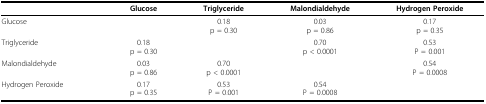
<table><thead><tr><td>[EMPTY_CELL]</td><td><b>Glucose</b></td><td><b>Triglyceride</b></td><td><b>Malondialdehyde</b></td><td><b>Hydrogen Peroxide</b></td></tr></thead><tbody><tr><td>Glucose</td><td>[EMPTY_CELL]</td><td>0.18p = 0.30</td><td>0.03p = 0.86</td><td>0.17p = 0.35</td></tr><tr><td>Triglyceride</td><td>0.18p = 0.30</td><td>[EMPTY_CELL]</td><td>0.70p &lt; 0.0001</td><td>0.53P = 0.001</td></tr><tr><td>Malondialdehyde</td><td>0.03p = 0.86</td><td>0.70p &lt; 0.0001</td><td>[EMPTY_CELL]</td><td>0.54P = 0.0008</td></tr><tr><td>Hydrogen Peroxide</td><td>0.17p = 0.35</td><td>0.53P = 0.001</td><td>0.54P = 0.0008</td><td>[EMPTY_CELL]</td></tr></tbody></table>